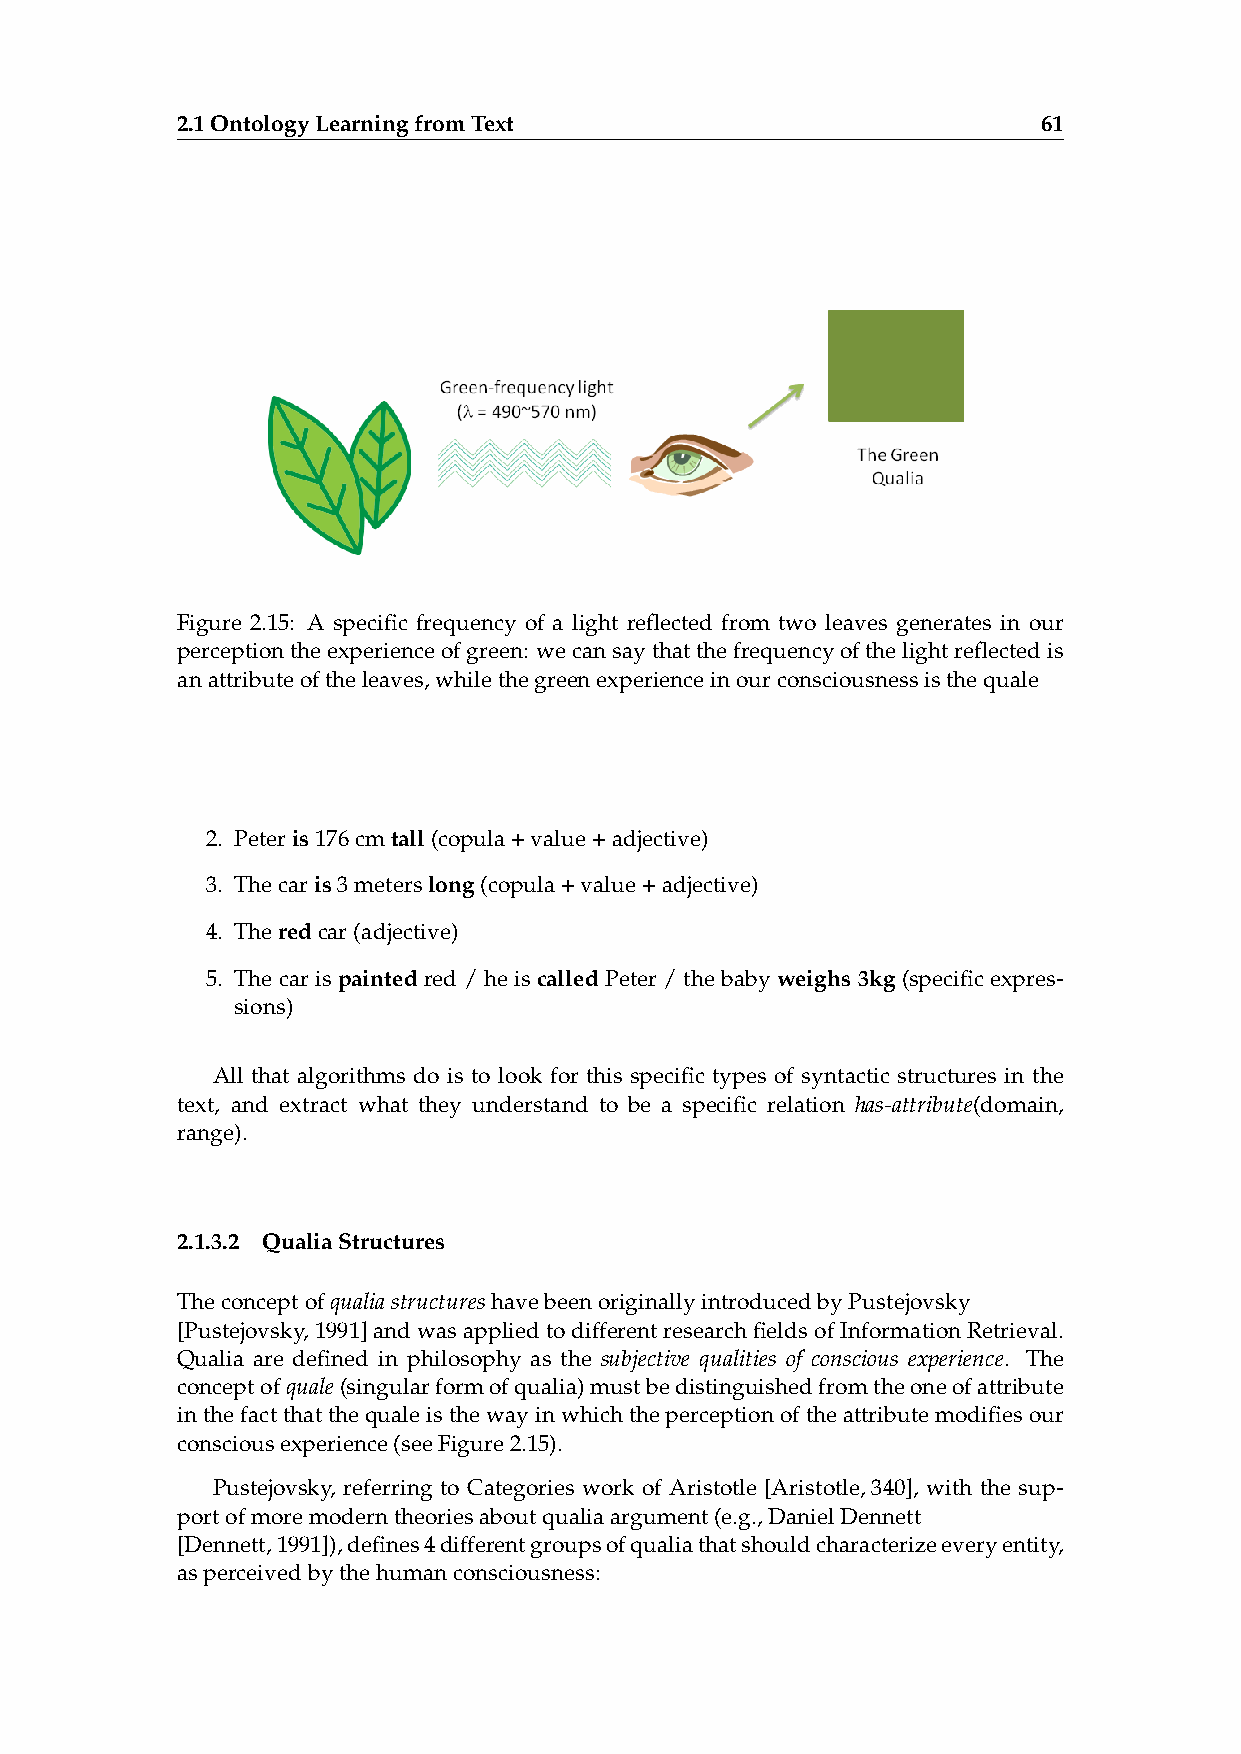
2.1OntologyLearningfromText                              61
 Figure 2.15: A specific frequency of a light reflected from two leaves generates in our
 perceptiontheexperienceofgreen: wecansaythatthefrequencyofthelightreflectedis
 anattributeoftheleaves,whilethegreenexperienceinourconsciousnessisthequale
 2. Peteris176cmtall(copula+value+adjective)
 3. Thecaris3meterslong(copula+value+adjective)
 4. Theredcar(adjective)
 5. The car is painted red / he is called Peter / the baby weighs 3kg (specific expres-
 sions)
 All that algorithms do is to look for this specific types of syntactic structures in the
 text, and extract what they understand to be a specific relation has-attribute(domain,
 range).
 2.1.3.2 QualiaStructures
 TheconceptofqualiastructureshavebeenoriginallyintroducedbyPustejovsky
 [Pustejovsky,1991]andwasappliedtodifferentresearchfieldsofInformationRetrieval.
 Qualia are defined in philosophy as the subjective qualities of conscious experience. The
 conceptofquale(singularformofqualia)mustbedistinguishedfromtheoneofattribute
 inthefactthatthequaleisthewayinwhichtheperceptionoftheattributemodifiesour
 consciousexperience(seeFigure2.15).
 Pustejovsky, referring to Categories work of Aristotle [Aristotle,340], with the sup-
 portofmoremoderntheoriesaboutqualiaargument(e.g.,DanielDennett
 [Dennett,1991]),defines4differentgroupsofqualiathatshouldcharacterizeeveryentity,
 asperceivedbythehumanconsciousness: